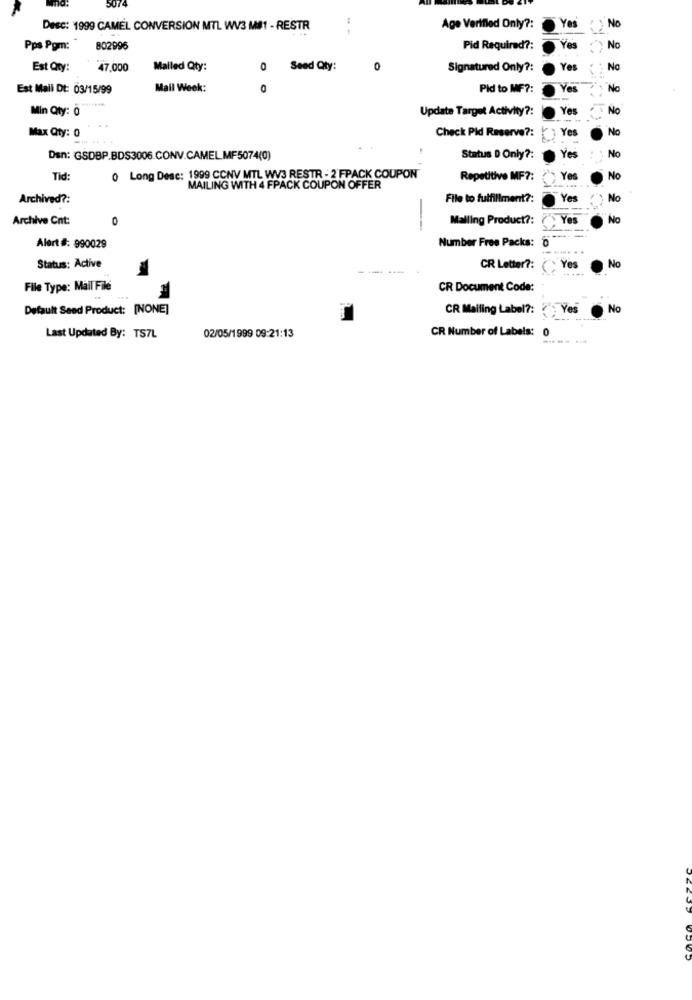
No
Desc: 1999 CAMEL CONVERSION MTL WV3 M#1 - RESTR
--
Age Verifled Only ?:
Yes
Pps Pom:"
802996
Pid Required ?:
Yes
No
Est Qty:
47,000
Mailed Qty:
0
Seed Qty:
0
Signatured Only ?:
Yes
No
Est Mail Dt: 03/15/99
Mail Week:
0
Pid to MF ?:
Yes
Nc
Min Qty: 0
Update Target Activity ?:
Yes
No
Max Qty: 0
( Yes
No
Check Pid Reserve ?:
Yes
No
Den: GSDBP.BDS3006.CONV.CAMEL.MF5074(0)
Status D Only ?:
Tid:
0 Long Desc: 1999 CCNV MTL WV3 RESTR - 2 FPACK COUPON
Repetitive MF ?:
Yes
No
MAILING WITH 4 FPACK COUPON OFFER
Archived ?:
File to fulfillment ?:
Yes
No
Archive Cnt:
0
Malling Product ?:
Yes
No
Number Free Packs: 0
Alert #: 990029
.......
Status: Active
CR Letter ?:
. Yes
No
File Type: Mail File
CR Document Code:
Default Seed Product: [NONE]
CR Mailing Label ?: ) Yes
No
02/05/1999 09:21:13
CR Number of Labels: 0
Last Updated By: TS7L